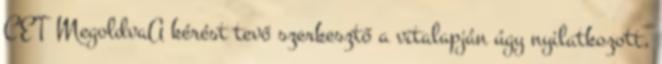
CET MegoldvaA kérést tevő szerkesztő a vitalapján úgy nyilatkozott,